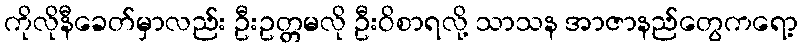
ကိုလိုနီခေတ်မှာလည်း ဦးဥတ္တမလို ဦးဝိစာရလို့ သာသန အာဇာနည်တွေကရော့